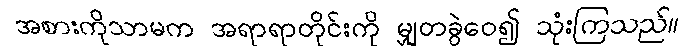
အစားကိုသာမက အရာရာတိုင်းကို မျှတခွဲဝေ၍ သုံးကြသည်။